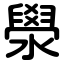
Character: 澩